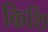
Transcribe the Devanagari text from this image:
किशि